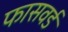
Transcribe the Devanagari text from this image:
फासवर्ड